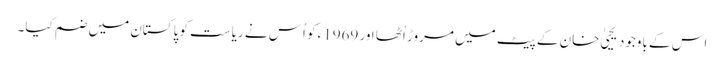
اس کے باوجود یحییٰ خان کے پیٹ میں مروڑ اُٹھا اور 1969ء کو اُس نے ریاست کو پاکستان میں ضم کیا۔